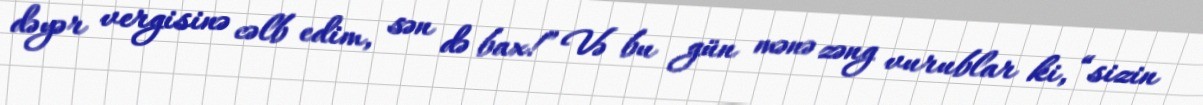
dəyər vergisinə cəlb edim, sən də bax!” Və bu gün mənə zəng vurublar ki, “sizin